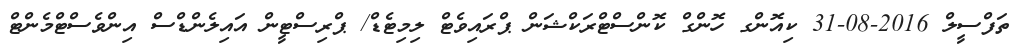
ތަފްސީލް 2016-08-31 ކިއޮންގ ހޮންގް ކޮންސްޓްރަކްޝަން ޕްރައިވެޓް ލިމިޓެޑް/ ޕްރިސްޓީން އައިލެންޑްސް އިންވެސްޓްމެންޓް